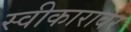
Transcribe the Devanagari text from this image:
स्वीकारावर